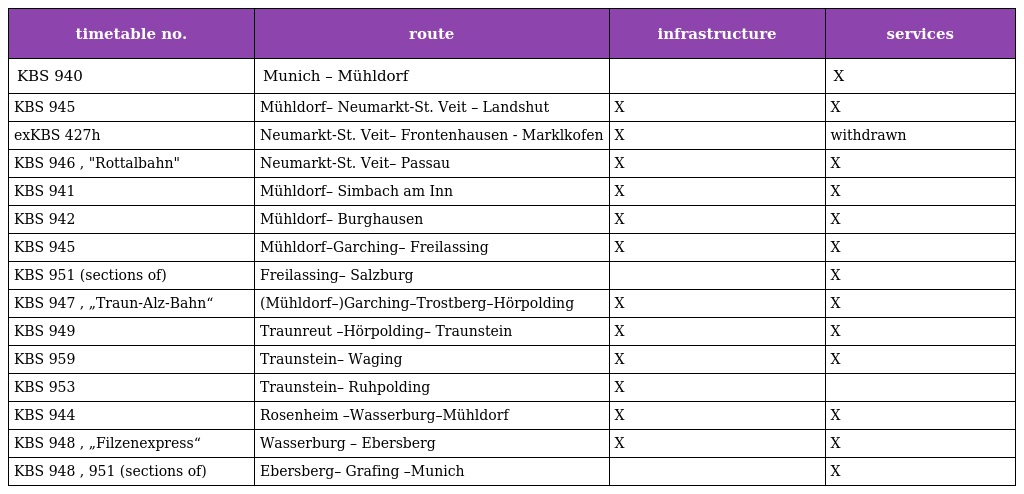
| timetable no. | route | infrastructure | services |
 | --- | --- | --- | --- |
 | KBS 940 | Munich – Mühldorf |  | X |
 | KBS 945 | Mühldorf– Neumarkt-St. Veit – Landshut | X | X |
 | exKBS 427h | Neumarkt-St. Veit– Frontenhausen - Marklkofen | X | withdrawn |
 | KBS 946 , "Rottalbahn" | Neumarkt-St. Veit– Passau | X | X |
 | KBS 941 | Mühldorf– Simbach am Inn | X | X |
 | KBS 942 | Mühldorf– Burghausen | X | X |
 | KBS 945 | Mühldorf–Garching– Freilassing | X | X |
 | KBS 951 (sections of) | Freilassing– Salzburg |  | X |
 | KBS 947 , „Traun-Alz-Bahn“ | (Mühldorf–)Garching–Trostberg–Hörpolding | X | X |
 | KBS 949 | Traunreut –Hörpolding– Traunstein | X | X |
 | KBS 959 | Traunstein– Waging | X | X |
 | KBS 953 | Traunstein– Ruhpolding | X |  |
 | KBS 944 | Rosenheim –Wasserburg–Mühldorf | X | X |
 | KBS 948 , „Filzenexpress“ | Wasserburg – Ebersberg | X | X |
 | KBS 948 , 951 (sections of) | Ebersberg– Grafing –Munich |  | X |